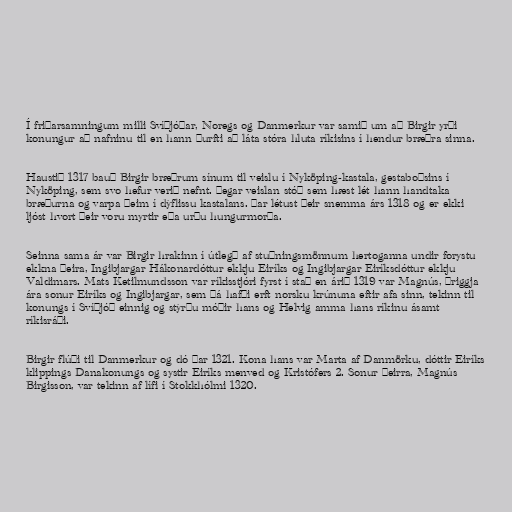
Í friðarsamningum milli Svíþjóðar, Noregs og Danmerkur var samið um að Birgir yrði
konungur að nafninu til en hann þurfti að láta stóra hluta ríkisins í hendur bræðra sinna.

Haustið 1317 bauð Birgir bræðrum sínum til veislu í Nyköping-kastala, gestaboðsins í
Nyköping, sem svo hefur verið nefnt. Þegar veislan stóð sem hæst lét hann handtaka
bræðurna og varpa þeim í dýflissu kastalans. Þar létust þeir snemma árs 1318 og er ekki
ljóst hvort þeir voru myrtir eða urðu hungurmorða.

Seinna sama ár var Birgir hrakinn í útlegð af stuðningsmönnum hertoganna undir forystu
ekkna þeira, Ingibjargar Hákonardóttur ekkju Eiríks og Ingibjargar Eiríksdóttur ekkju
Valdimars. Mats Ketilmundsson var ríkisstjóri fyrst í stað en árið 1319 var Magnús, þriggja
ára sonur Eiríks og Ingibjargar, sem þá hafði erft norsku krúnuna eftir afa sinn, tekinn til
konungs í Svíþjóð einnig og stýrðu móðir hans og Helvig amma hans ríkinu ásamt
ríkisráði.

Birgir flúði til Danmerkur og dó þar 1321. Kona hans var Marta af Danmörku, dóttir Eiríks
klippings Danakonungs og systir Eiríks menved og Kristófers 2. Sonur þeirra, Magnús
Birgisson, var tekinn af lífi í Stokkhólmi 1320.